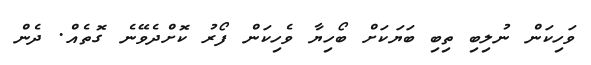
ވަހިކަން ނުލިބި ތިބި ބަޔަކަށް ބޯހިޔާ ވެހިކަން ފޯރު ކޮށްދެވޭނެ ގޮތެއް. ދެން